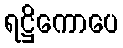
ရဋ္ဌိကောပေ